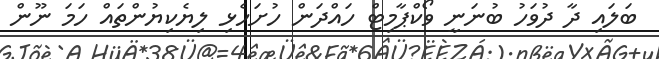
ބަލައި ދާ ދުވަހު ބުނަނީ ވޯކްޕާމިޓް ހައްދަން ހުށަހެޅި ލިޔެކިޔުންތައް ހަމަ ނޫން